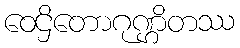
ဝေဌိတောဂုဏ္ဌိတဿ